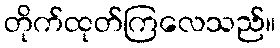
တိုက်ထုတ်ကြလေသည်။